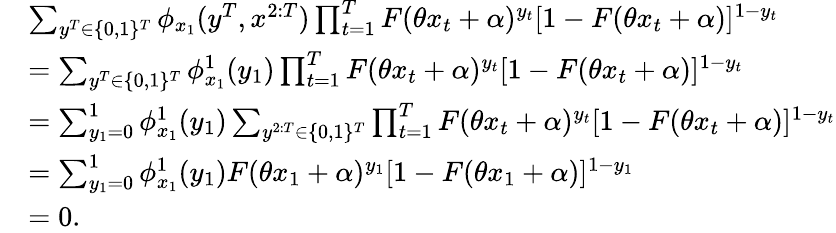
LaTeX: \begin{array}{rl}&{\sum_{y^{T}\in\{ 0,1\} ^{T}}\phi_{x_{1}}(y^{T},x^{2:T})\prod_{t=1}^{T}F(\theta x_{t}+\alpha)^{y_{t}}[1-F(\theta x_{t}+\alpha)]^{1-y_{t}}}\\ &{=\sum_{y^{T}\in\{ 0,1\} ^{T}}\phi_{x_{1}}^{1}(y_{1})\prod_{t=1}^{T}F(\theta x_{t}+\alpha)^{y_{t}}[1-F(\theta x_{t}+\alpha)]^{1-y_{t}}}\\ &{=\sum_{y_{1}=0}^{1}\phi_{x_{1}}^{1}(y_{1})\sum_{y^{2:T}\in\{ 0,1\} ^{T}}\prod_{t=1}^{T}F(\theta x_{t}+\alpha)^{y_{t}}[1-F(\theta x_{t}+\alpha)]^{1-y_{t}}}\\ &{=\sum_{y_{1}=0}^{1}\phi_{x_{1}}^{1}(y_{1})F(\theta x_{1}+\alpha)^{y_{1}}[1-F(\theta x_{1}+\alpha)]^{1-y_{1}}}\\ &{=0.}\end{array}